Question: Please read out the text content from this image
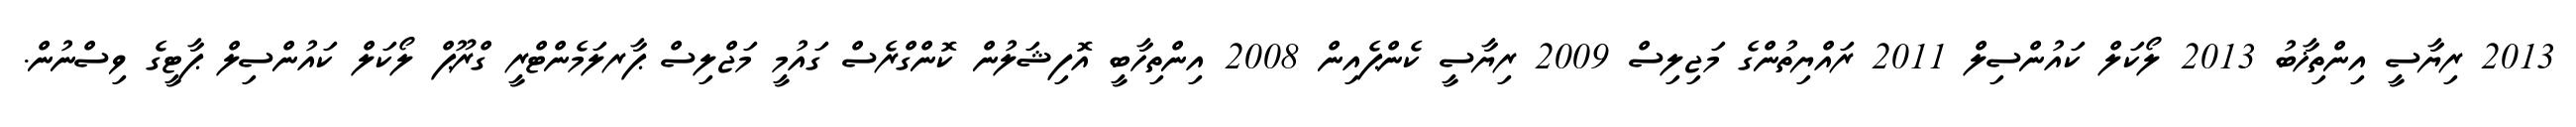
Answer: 2013 ރިޔާސީ އިންތިޚާބު 2013 ލޯކަލް ކައުންސިލް 2011 ރައްޔިތުންގެ މަޖިލިސް 2009 ރިޔާސީ ކެންޕެއިން 2008 އިންތިހާބީ އޮފިޝަލުން ކޮންގްރެސް ގައުމީ މަޖްލިސް ޕާރލަމެންޓްރީ ގްރޫޕް ލޯކަލް ކައުންސިލް ޕާޓީގެ ވިސްނުން.